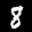
Label: 8